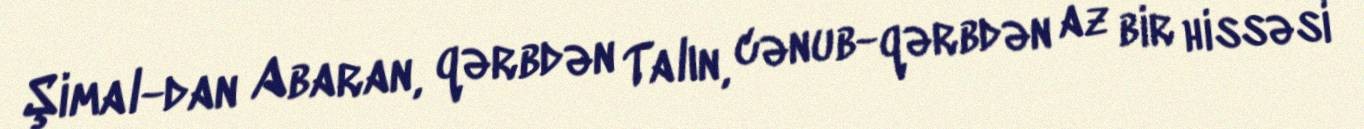
Şimal-dan Abaran, qərbdən Talın, cənub-qərbdən az bir hissəsi